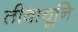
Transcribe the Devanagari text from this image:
तीवाचूनि